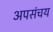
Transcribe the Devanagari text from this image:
अपसंचय